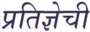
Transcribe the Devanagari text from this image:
प्रतिज्ञेची